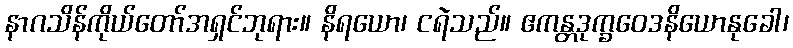
နာဂသိန်ကိုယ်တော်အရှင်ဘုရား။ နိရယော၊ ငရဲသည်။ ဧကန္တဒုက္ခဝေဒနိယောနုခေါ၊